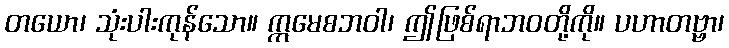
တယော၊ သုံးပါးကုန်သော။ ဣမေစဘဝါ၊ ဤဖြစ်ရာဘဝတို့ကို။ ပဟာတဗ္ဗာ၊